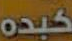
كبده